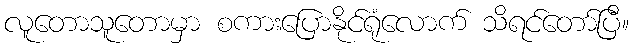
လူတောသူတောမှာ စကားပြောနိုင်ရုံလောက် သိရင်တော်ပြီ။